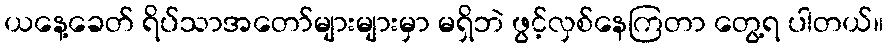
ယနေ့ခေတ် ရိပ်သာအတော်များများမှာ မရှိဘဲ ဖွင့်လှစ်နေကြတာ တွေ့ရ ပါတယ်။